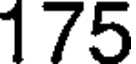
175